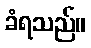
ခံရသည်။